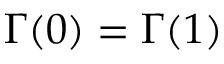
\Gamma ( 0 ) = \Gamma ( 1 )